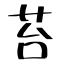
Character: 苔